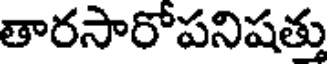
తారసారోపనిషత్తు